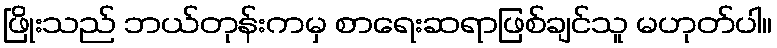
ဖြိုးသည် ဘယ်တုန်းကမှ စာရေးဆရာဖြစ်ချင်သူ မဟုတ်ပါ။